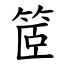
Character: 䇫